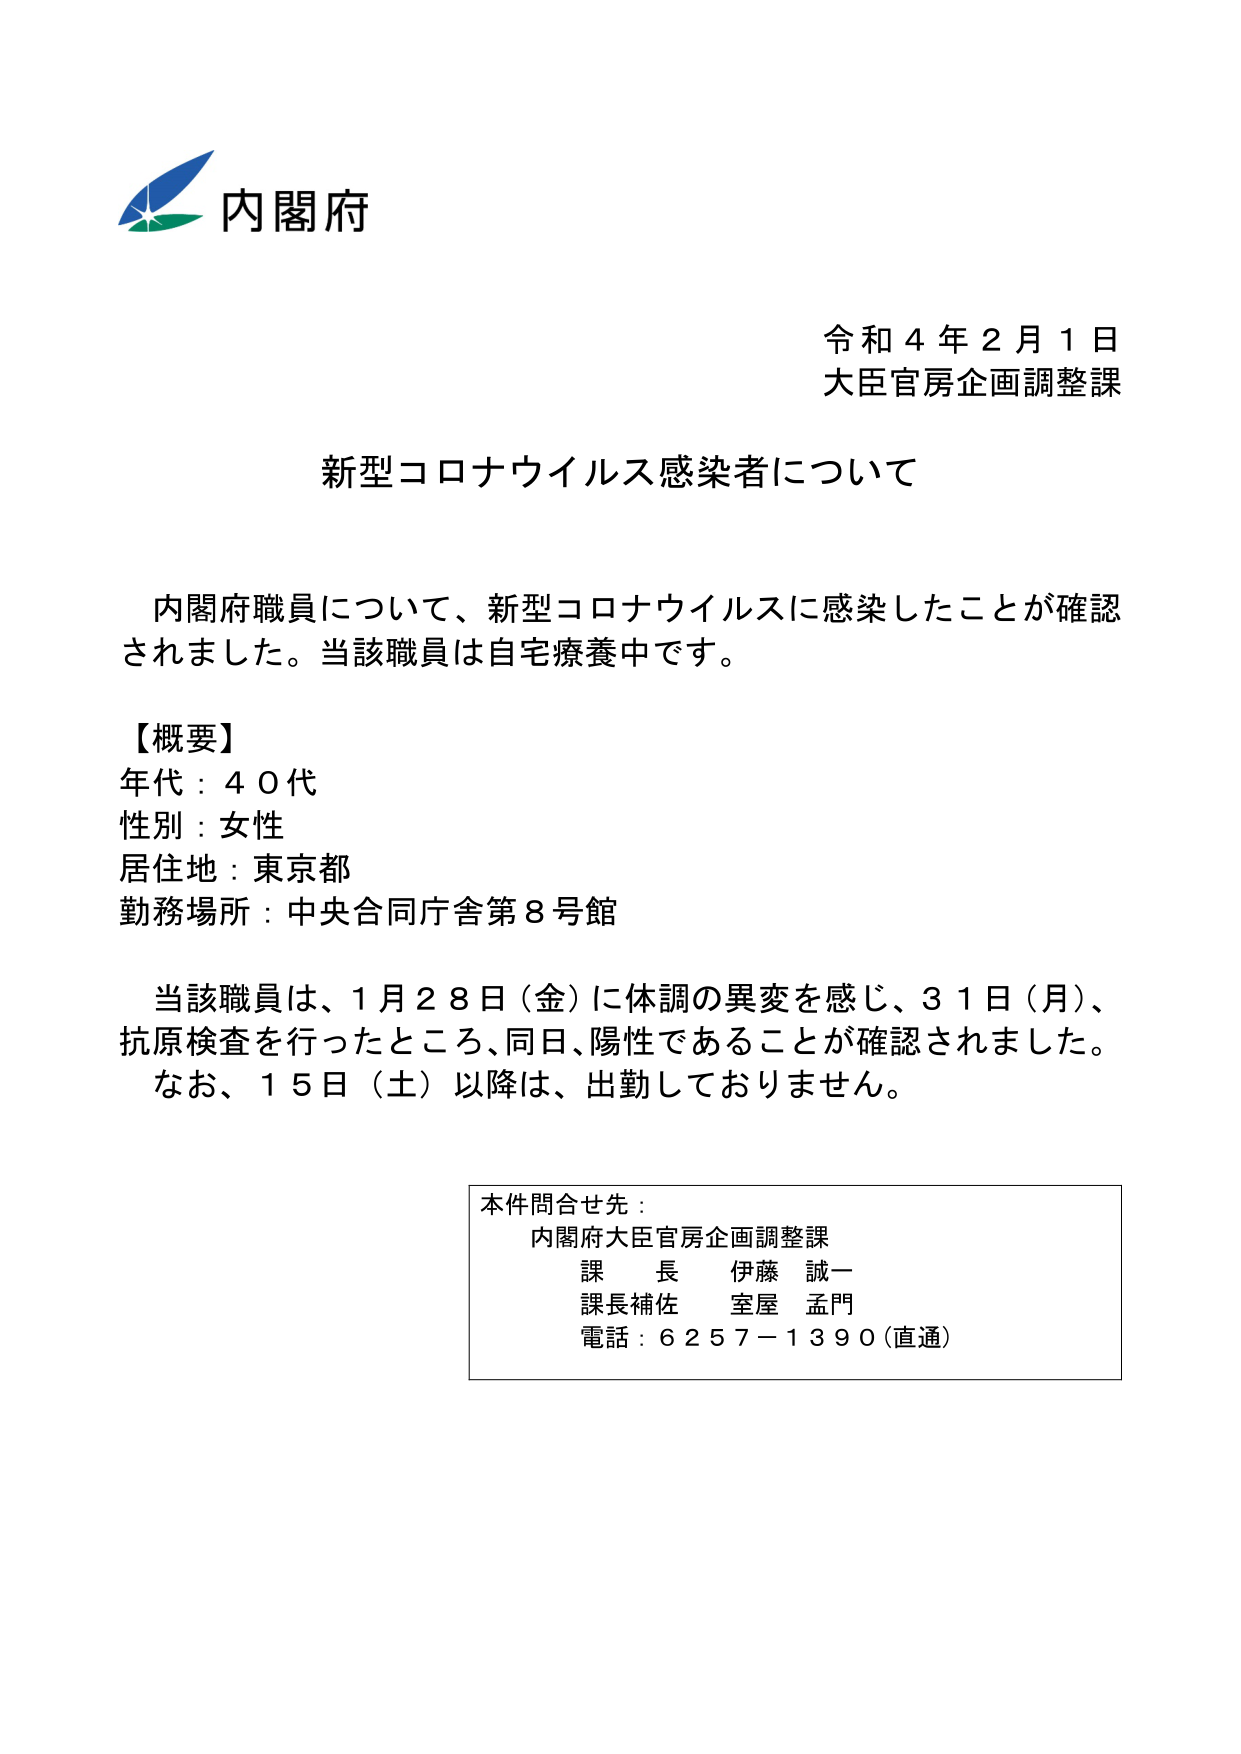
内閣府
令和４年２月１日
大臣官房企画調整課

新型コロナウイルス感染者について

内閣府職員について、新型コロナウイルスに感染したことが確認されました。当該職員は自宅療養中です。

【概要】
年代：４０代
性別：女性
居住地：東京都
勤務場所：中央合同庁舎第８号館

当該職員は、１月２８日（金）に体調の異変を感じ、３１日（月）、抗原検査を行ったところ、同日、陽性であることが確認されました。
なお、１５日（土）以降は、出勤しておりません。

本件問合せ先：
内閣府大臣官房企画調整課
課長 伊藤 誠一
課長補佐 室屋 孟門
電話：６２５７－１３９０（直通）